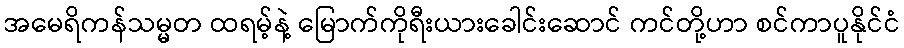
အမေရိကန်သမ္မတ ထရမ့်နဲ့ မြောက်ကိုရီးယားခေါင်းဆောင် ကင်တို့ဟာ စင်ကာပူနိုင်ငံ